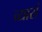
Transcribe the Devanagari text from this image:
व्यासं